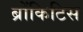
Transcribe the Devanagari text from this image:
ब्रोंकिटिस